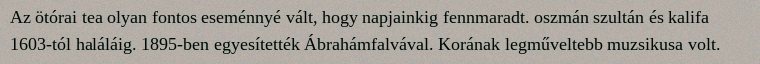
Az ötórai tea olyan fontos eseménnyé vált, hogy napjainkig fennmaradt. oszmán szultán és kalifa 1603-tól haláláig. 1895-ben egyesítették Ábrahámfalvával. Korának legműveltebb muzsikusa volt.